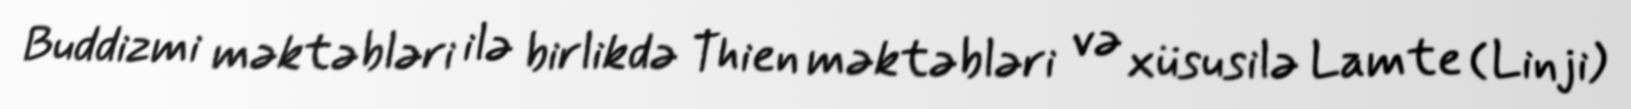
Buddizmi məktəbləri ilə birlikdə Thien məktəbləri və xüsusilə Lamte (Linji)